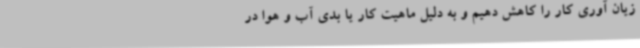
زیان آوری کار را کاهش دهیم و به دلیل ماهیت کار یا بدی آب و هوا در